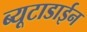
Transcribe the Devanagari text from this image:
ब्यूटाडाईन